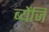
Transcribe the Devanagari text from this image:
ब्येंजि